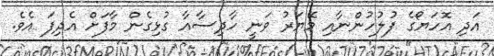
އަދި އޮހަޔޯގެ ފުލުހުންނާއި މޭޔަރު ވަނީ ހާދިސާއާ ގުޅިގެން މާފަށް އެދިފަ އެވެ.